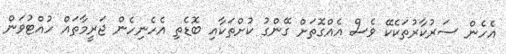
އެހެން ސަރުކާރުތަކެކޭ ވެސް އެއްގޮތަށް ގޭންގު ކުށްތަކާއި ބޮޑެތި އެހެނިހެން ޖަރީމާތައް ހުއްޓުވަން